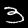
Digit: 3